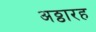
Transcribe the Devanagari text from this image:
अठ्ठारह